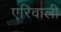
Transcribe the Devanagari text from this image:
एरिवाली